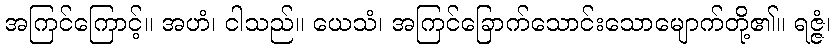
အကြင်ကြောင့်။ အဟံ၊ ငါသည်။ ယေသံ၊ အကြင်ခြောက်သောင်းသောမျောက်တို့၏။ ရဇ္ဇံ၊